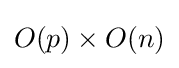
O(p)\times O(n)